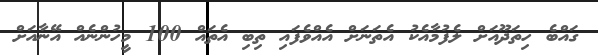
ގައްބެ ހިތަދޫއަށް ލެފުމާއެކު އެތަނަށް އެއްވެފައި ތިބި އެތައް 100 މީހުންނެއް އޭނާއަށް